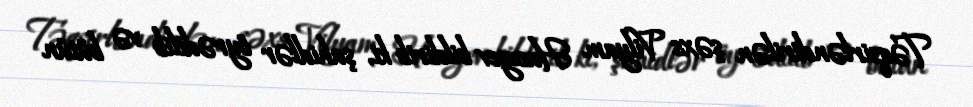
Təqsirləndirilən şəxs Vilyam Hacıyev bildirib ki, şahidlər öyrədilib və bütün